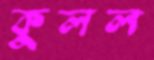
কুলল